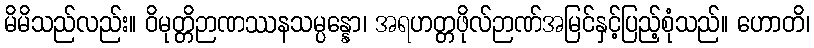
မိမိသည်လည်း။ ဝိမုတ္တိဉာဏဿနသမ္ပန္နော၊ အရဟတ္တဖိုလ်ဉာဏ်အမြင်နှင့်ပြည့်စုံသည်။ ဟောတိ၊